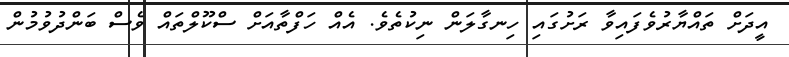
އީދަށް ތައްޔާރުވެފައިވާ ރަށުގައި ހިނގާލަން ނިކުތެވެ. އެއް ހަފްތާއަށް ސްކޫލްތައް ވެސް ބަންދުވުމުން